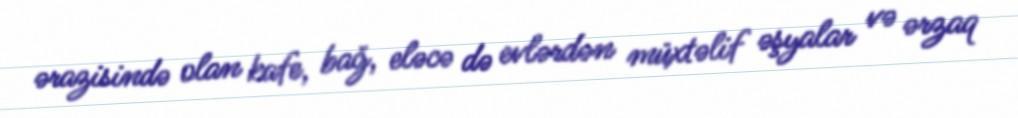
ərazisində olan kafe, bağ, eləcə də evlərdən müxtəlif əşyalar və ərzaq